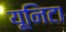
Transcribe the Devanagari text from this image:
यूनिटा